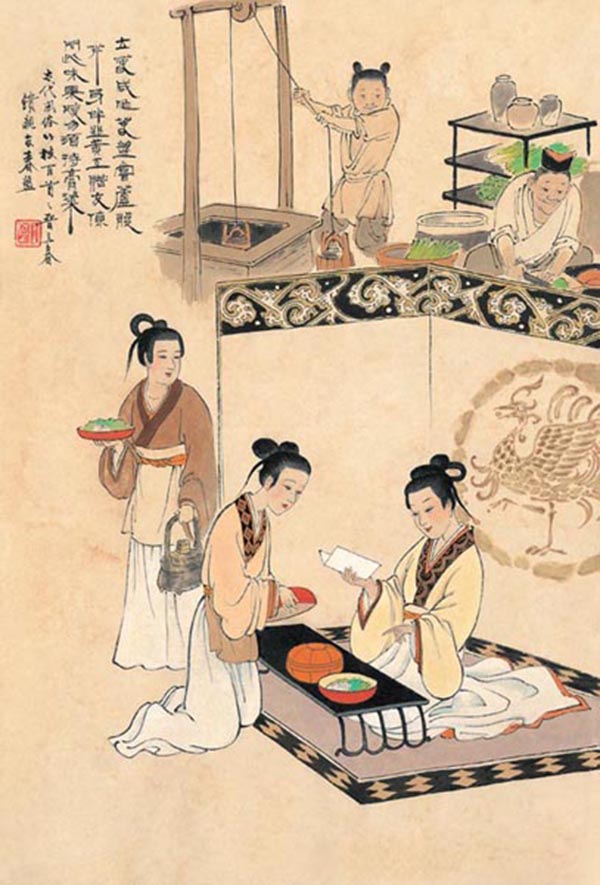
见说马家滴粉好，试灯风里卖元宵。